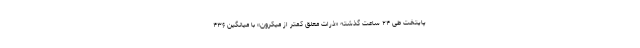
پایتخت طی ۲۴ ساعت گذشته «ذرات معلق کمتر از میکرون» با میانگین ۴۳۶